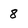
Character: 8